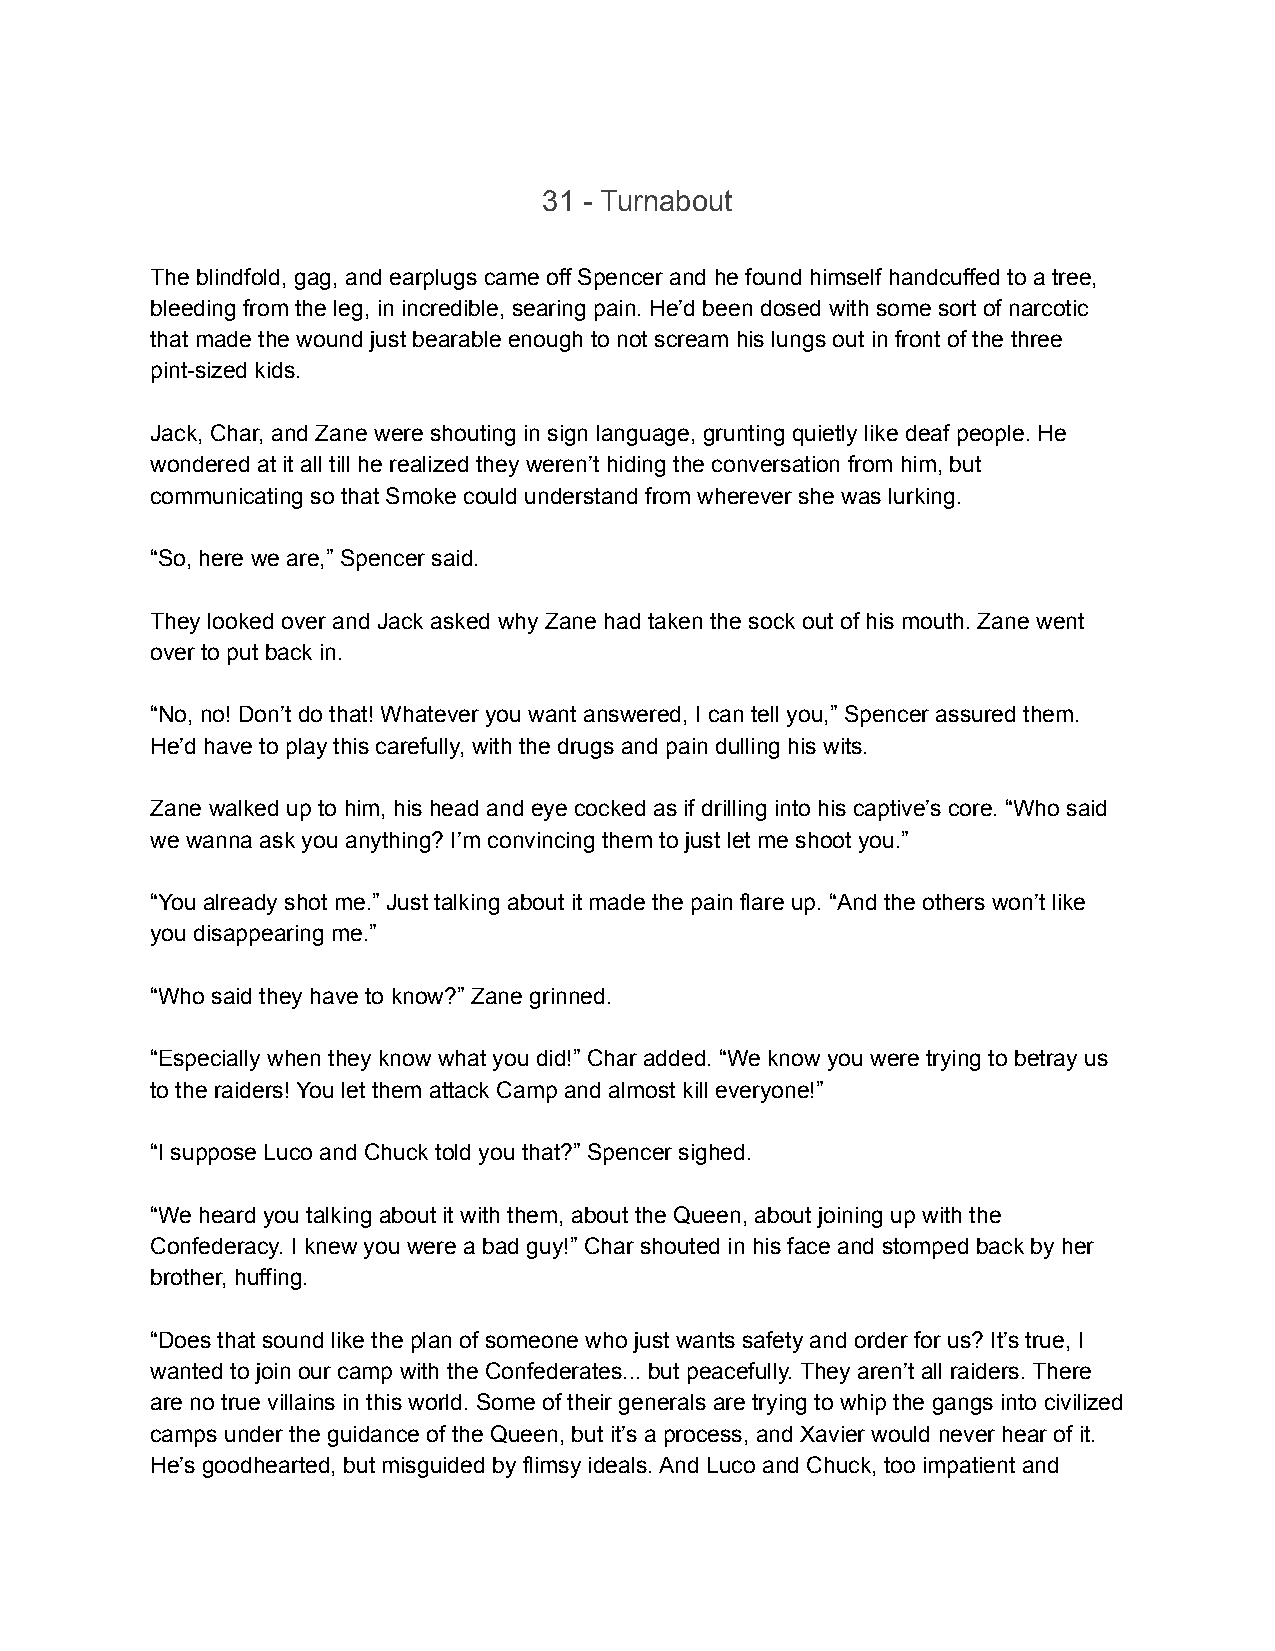
31 - Turnabout
 The blindfold, gag, and earplugs came off Spencer and he found himself handcuffed to a tree,
 bleeding from the leg, in incredible, searing pain. He’d been dosed with some sort of narcotic
 that made the wound just bearable enough to not scream his lungs out in front of the three
 pint-sized kids.
 Jack, Char, and Zane were shouting in sign language, grunting quietly like deaf people. He
 wondered at it all till he realized they weren’t hiding the conversation from him, but
 communicating so that Smoke could understand from wherever she was lurking.
 “So, here we are,” Spencer said.
 They looked over and Jack asked why Zane had taken the sock out of his mouth. Zane went
 over to put back in.
 “No, no! Don’t do that! Whatever you want answered, I can tell you,” Spencer assured them.
 He’d have to play this carefully, with the drugs and pain dulling his wits.
 Zane walked up to him, his head and eye cocked as if drilling into his captive’s core. “Who said
 we wanna ask you anything? I’m convincing them to just let me shoot you.”
 “You already shot me.” Just talking about it made the pain flare up. “And the others won’t like
 you disappearing me.”
 “Who said they have to know?” Zane grinned.
 “Especially when they know what you did!” Char added. “We know you were trying to betray us
 to the raiders! You let them attack Camp and almost kill everyone!”
 “I suppose Luco and Chuck told you that?” Spencer sighed.
 “We heard you talking about it with them, about the Queen, about joining up with the
 Confederacy. I knew you were a bad guy!” Char shouted in his face and stomped back by her
 brother, huffing.
 “Does that sound like the plan of someone who just wants safety and order for us? It’s true, I
 wanted to join our camp with the Confederates... but peacefully. They aren’t all raiders. There
 are no true villains in this world. Some of their generals are trying to whip the gangs into civilized
 camps under the guidance of the Queen, but it’s a process, and Xavier would never hear of it.
 He’s goodhearted, but misguided by flimsy ideals. And Luco and Chuck, too impatient and